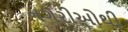
નગરીઓથી